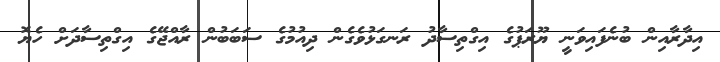
އިދާރާއިން ބުނެފައިވަނީ ޔޫރަޕުގެ އިގްތިސާދު ރަނގަޅުވެގެން ދިއުމުގެ ސަބަބުން ރާއްޖޭގެ އިގްތިސާދަށް ހެޔޮ